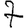
Digit: 7